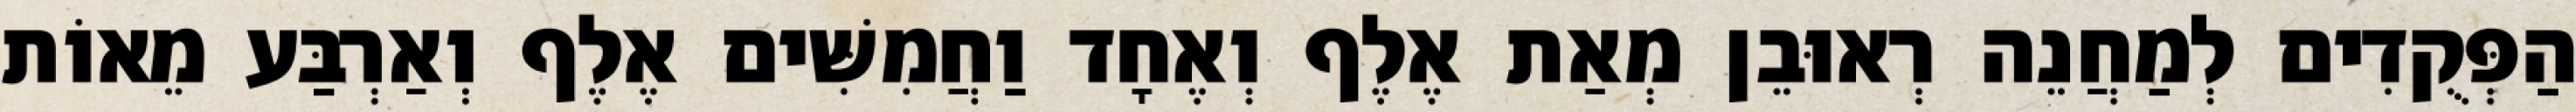
הַפְּקֻדִים לְמַחֲנֵה רְאוּבֵן מְאַת אֶלֶף וְאֶחָד וַחֲמִשִּׁים אֶלֶף וְאַרְבַּע מֵאוֹת